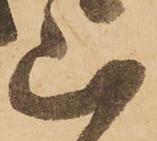
山